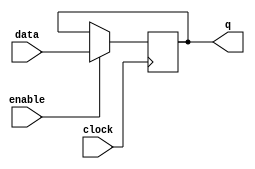
module gated_latch(
    input data,
    input enable,
    input clock,
    output reg q
);

always @ (posedge clock) begin
    if (enable)
        q <= data;
end

endmodule